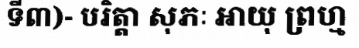
ទី៣)- បរិត្តា សុភៈ អាយុ ព្រហ្ម